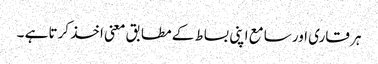
ہر قاری اور سامع اپنی بساط کے مطابق معنی اخذ کرتا ہے ۔